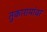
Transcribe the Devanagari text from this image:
तुकारामांवर